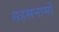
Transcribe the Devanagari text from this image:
सहस्रनामों